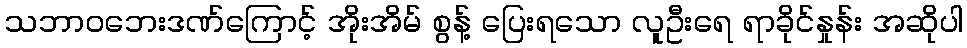
သဘာဝဘေးဒဏ်ကြောင့် အိုးအိမ် စွန့် ပြေးရသော လူဦးရေ ရာခိုင်နှုန်း အဆိုပါ